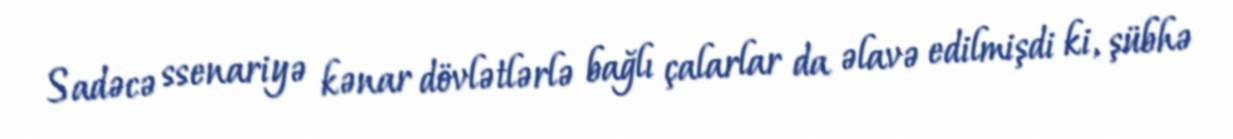
Sadəcə ssenariyə kənar dövlətlərlə bağlı çalarlar da əlavə edilmişdi ki, şübhə